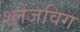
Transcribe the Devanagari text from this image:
श्लेजविग